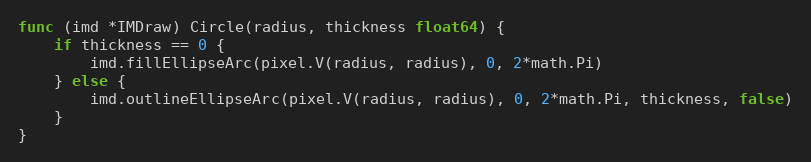
Language: Go
func (imd *IMDraw) Circle(radius, thickness float64) {
	if thickness == 0 {
		imd.fillEllipseArc(pixel.V(radius, radius), 0, 2*math.Pi)
	} else {
		imd.outlineEllipseArc(pixel.V(radius, radius), 0, 2*math.Pi, thickness, false)
	}
}